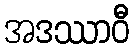
အဒဿာဝီ